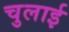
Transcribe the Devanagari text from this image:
चुलाई